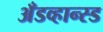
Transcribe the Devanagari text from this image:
अँडव्हान्स्ड